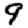
Digit: 9